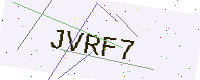
Text: JVRF7